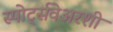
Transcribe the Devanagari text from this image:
स्पोर्ट्सवेअरशी